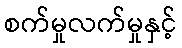
စက်မှုလက်မှုနှင့်